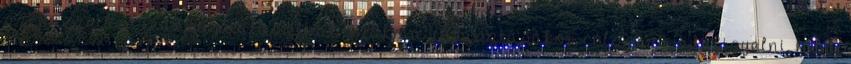
szervezetben lévő tag választhat. Szakma választásakor célszerű odafigyelni, hogy